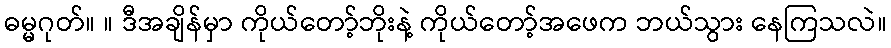
ဓမ္မဂုတ်။ ။ ဒီအချိန်မှာ ကိုယ်တော့်ဘိုးနဲ့ ကိုယ်တော့်အဖေက ဘယ်သွား နေကြသလဲ။